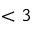
< 3